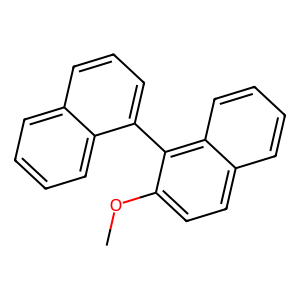
SMILES: COc1ccc2ccccc2c1-c1cccc2ccccc12
Inhibits HIV replication: No